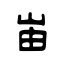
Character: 峀